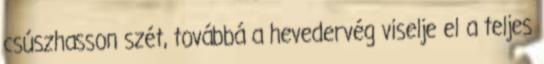
csúszhasson szét, továbbá a hevedervég viselje el a teljes